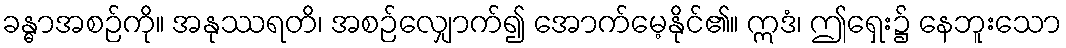
ခန္ဓာအစဉ်ကို။ အနုဿရတိ၊ အစဉ်လျှောက်၍ အောက်မေ့နိုင်၏။ ဣဒံ၊ ဤရှေး၌ နေဘူးသော